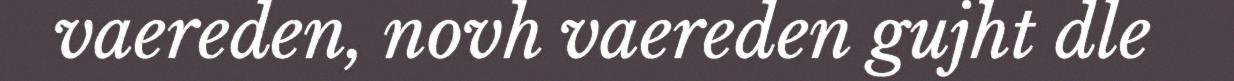
vaereden, novh vaereden gujht dle